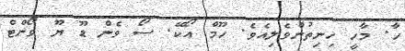
ހާ. މާހީ ހިނިތުންވެލިއެވެ. ހޫމް އޯކޭ. ސޯ ވެން ޑޫ ޔޫ ވޯންޓް